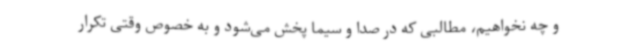
و چه نخواهیم، مطالبی که در صدا و سیما پخش می‌شود و به خصوص وقتی تکرار